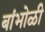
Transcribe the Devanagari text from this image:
बांभोळी